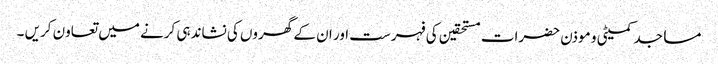
مساجد کمیٹی و موذن حضرات مستحقین کی فہرست اور ان کے گھروں کی نشاندہی کرنے میں تعاون کریں ۔